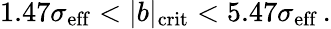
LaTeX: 1.47\sigma_{\mathrm{eff}}<\vert b\vert_{\mathrm{crit}}<5.47\sigma_{\mathrm{eff}}\, .